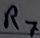
Text: R7